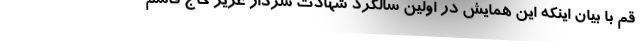
قم با بیان اینکه این همایش در اولین سالگرد شهادت سردار عزیز حاج قاسم